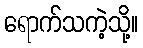
ရောက်သကဲ့သို့။